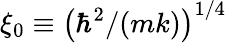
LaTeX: \xi_{0}\equiv\left(\hbar^{2}/(mk)\right)^{1/4}